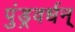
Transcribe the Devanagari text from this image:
पुंड्रवर्धन्